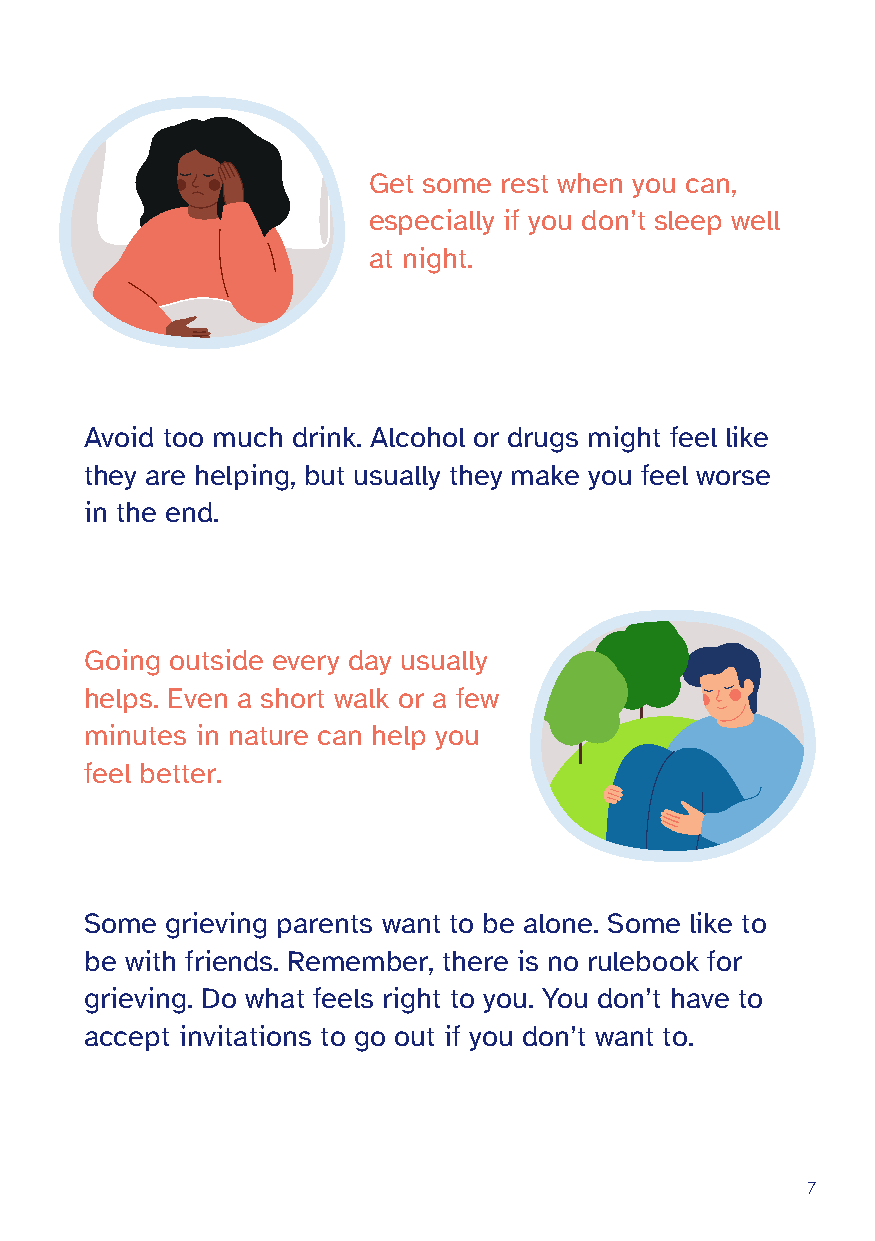
Get some rest when you can,
 especially if you don’t sleep well
 at night.
 Avoid too much drink. Alcohol or drugs might feel like
 they are helping, but usually they make you feel worse
 in the end.
 Going outside every day usually
 helps. Even a short walk or a few
 minutes in nature can help you
 feel better.
 Some grieving parents want to be alone. Some like to
 be with friends. Remember, there is no rulebook for
 grieving. Do what feels right to you. You don’t have to
 accept invitations to go out if you don’t want to.
 7